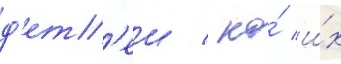
д'ет'еи / но́ и́х